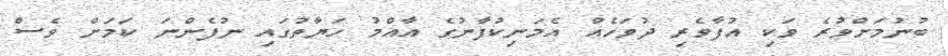
ބުނުމަށްވުރެ ވަކި އުފާވެރި ދުވަހެއް އެމަނިކުފާނުގެ އާއްމު ހަޔާތުގައި ނުފެންނަ ކަމަށް ވެސް